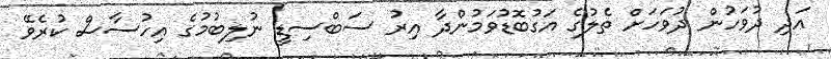
އަދި ދުވަހުން ދުވަހަށް ތެލުގެ އަގުބޮޑުވަމުންދާ އިރު ސަބްސިޑީ ނުލިބުމުގެ އިހުސާސް ކުރެވޭ